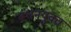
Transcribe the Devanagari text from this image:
बंधनयुक्त